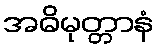
အဓိမုတ္တာနံ